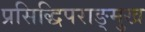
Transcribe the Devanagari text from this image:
प्रसिद्धिपराङ्मुख